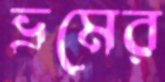
ভ্রমের